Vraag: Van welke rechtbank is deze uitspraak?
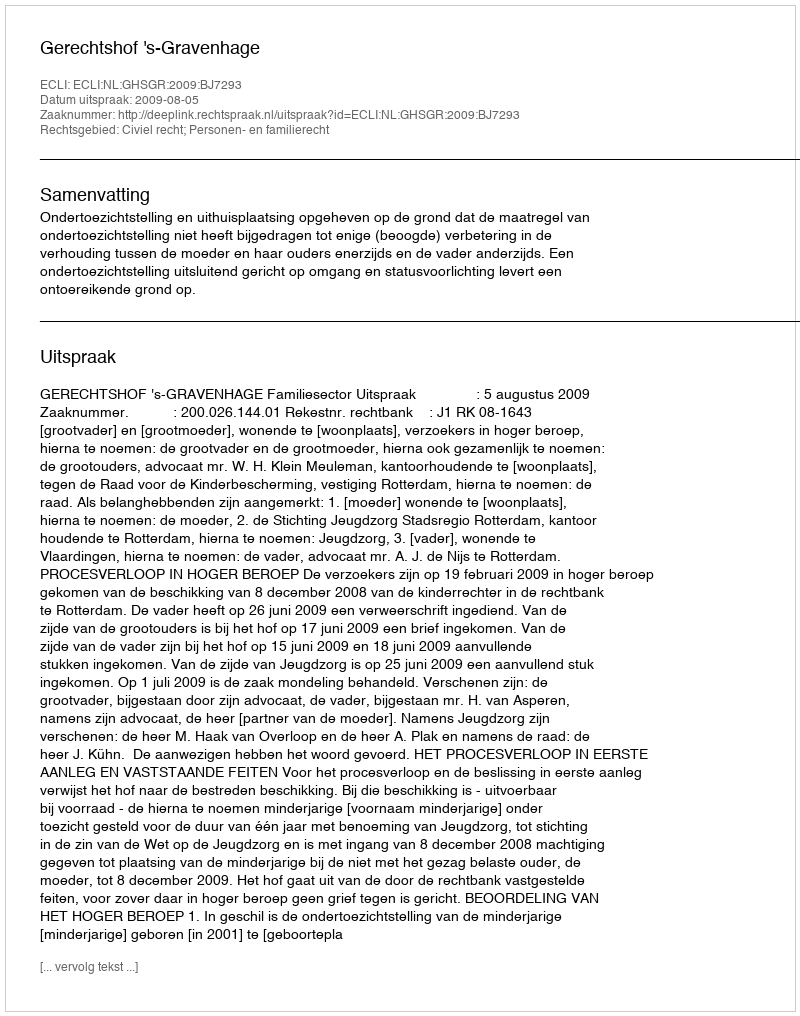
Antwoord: Gerechtshof 's-Gravenhage